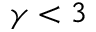
\gamma < 3